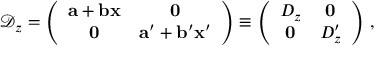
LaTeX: \mathcal { D } _ { z } = \left( \begin{array} { c c } { { \mathbf { a } + \mathbf { b } \mathbf { x } } } & { { \mathbf { 0 } } } \\ { { \mathbf { 0 } } } & { { \mathbf { a } ^ { \prime } + \mathbf { b } ^ { \prime } \mathbf { x } ^ { \prime } } } \end{array} \right) \equiv \left( \begin{array} { c c } { { D _ { z } } } & { { \mathbf { 0 } } } \\ { { \mathbf { 0 } } } & { { D _ { z } ^ { \prime } } } \end{array} \right) \, ,